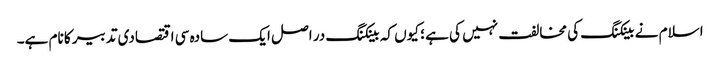
اسلام نے بینکنگ کی مخالفت نہیں کی ہے ؛ کیوں کہ بینکنگ در اصل ایک سادہ سی اقتصادی تدبیر کا نام ہے۔